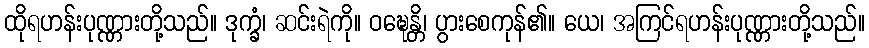
ထိုရဟန်းပုဏ္ဏားတို့သည်။ ဒုက္ခံ၊ ဆင်းရဲကို။ ဝဍ္ဎေန္တိ၊ ပွားစေကုန်၏။ ယေ၊ အကြင်ရဟန်းပုဏ္ဏားတို့သည်။